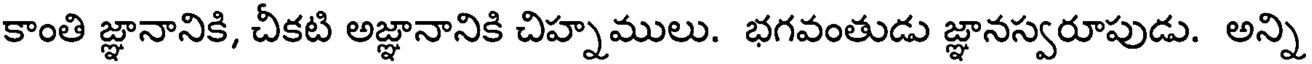
కాంతి జ్ఞానానికి, చీకటి అజ్ఞానానికి చిహ్నములు. భగవంతుడు జ్ఞానస్వరూపుడు. అన్ని